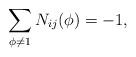
LaTeX: \begin{align*}\sum_{\phi \neq 1} N_{ij}(\phi) = -1,\end{align*}